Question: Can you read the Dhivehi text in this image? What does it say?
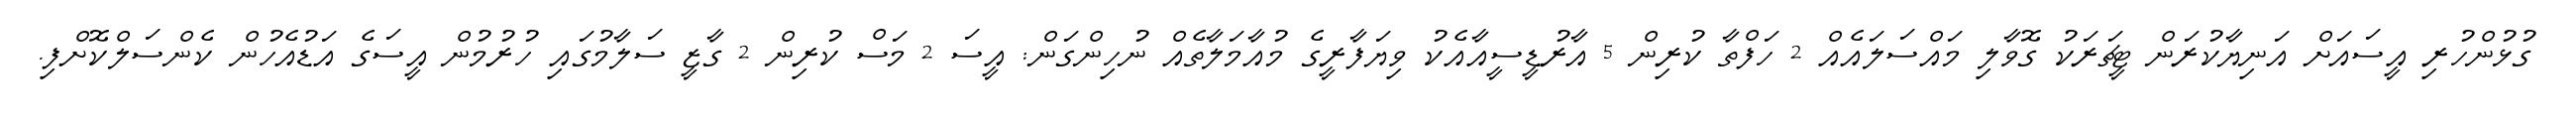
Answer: ގުޅުންހުރި އީސައަށް އަނިޔާކުރަން ޓީޗަރަކު ގޮވާލި މައްސަލައެއް 2 ހަފްތާ ކުރިން 5 އާރުޑީސީއާއެކު ވިޔަފާރީގެ މުއާމަލާތެއް ނުހިންގަން: އީސަ 2 މަސް ކުރިން 2 ގާޒީ ސަލާމުގައި ހުރުމުން އީސަގެ އަޑުއެހުން ކެންސަލްކޮށްފި.